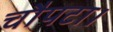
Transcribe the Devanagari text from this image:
चौपटा।